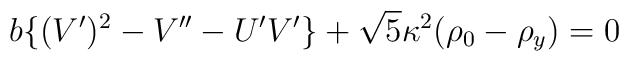
b\big\{(V')^2-V''-U'V'\big\}+\sqrt{5}\kappa^2(\rho_0-\rho_y)=0